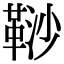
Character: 𩊮